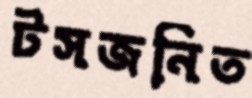
টসজনিত